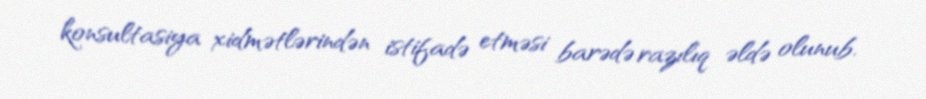
konsultasiya xidmətlərindən istifadə etməsi barədə razılıq əldə olunub.